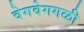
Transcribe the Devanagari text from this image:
वेगवेगगळी